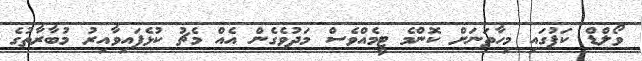
ވޯލްޑް ކަޕުގައި މިހާތަނަށް ކޮންމެ ޓީމެއްވެސް މަދުވެގެން އެއް މެޗު ކުޅެފައިވާއިރު މުބާރާތުގެ